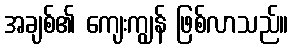
အချစ်၏ ကျေးကျွန် ဖြစ်လာသည်။